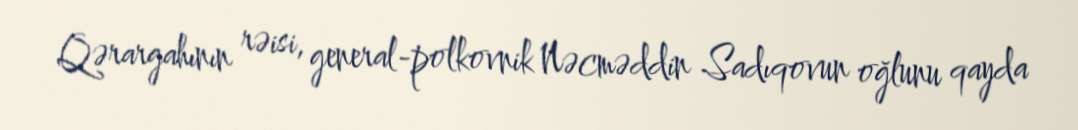
Qərargahının rəisi, general-polkovnik Nəcməddin Sadıqovun oğlunu qayda